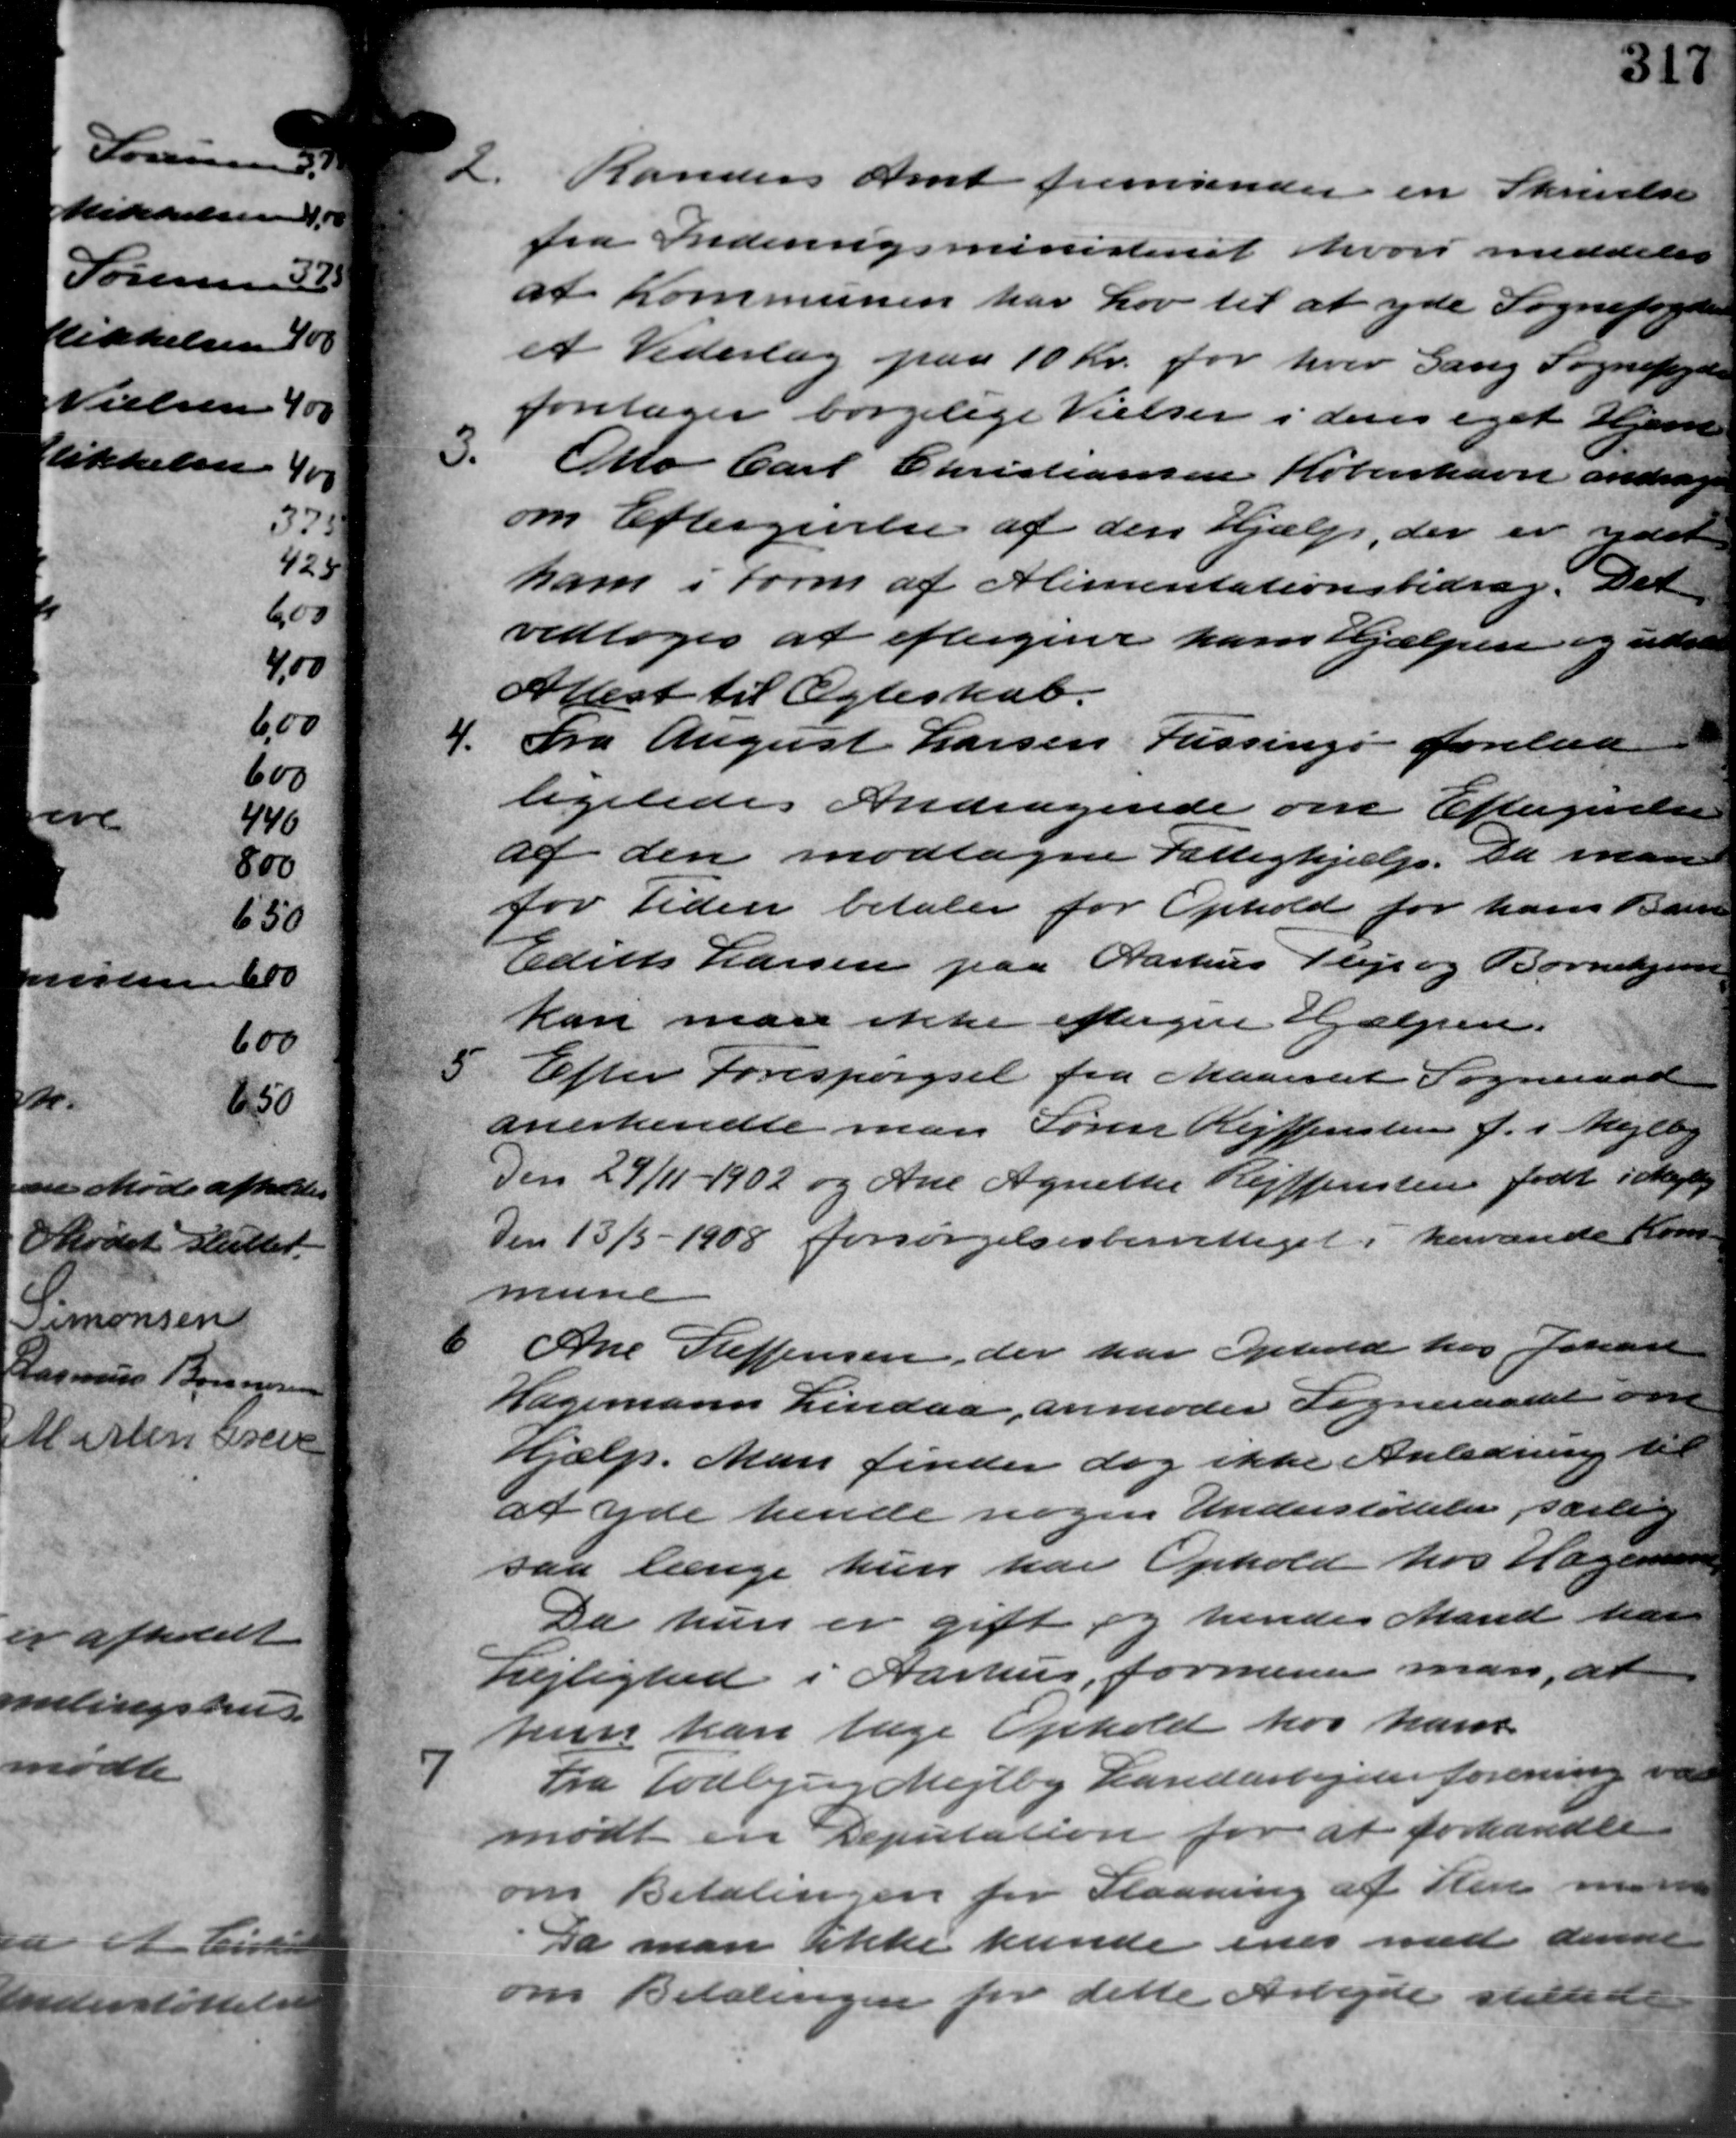
Transskription:
2. Randers Amt fremsender en Skrivelse
2. Randers Amt fremsender en Skrivelse
fra Indenrigsministeriet hvori meddeles
at Kommunen har Lov til at yde Sognefogeden
et Vederlag paa 10 kr. for hver Gang Sognefogede
foretager borgelige Vielser i deres eget Hjær
3.
Otto Carl Christiansen København andrager
om Eftergivelse af den hjælp, der er ydet
ham i Form af Alimentationsbidrag. Dett
vedtoges at eftergiver ham Hjælpen og udsatt
Attest til Ægteskab.
4.
Fra August Larsen Fussing i forelaa
ligeledes Andragende om Eftergivelse
af den modtagne Fattighjælp. Da man
for Tiden betaler for Ophold for hans Barne
Ediet Larsen paa Aarhus Pleje og Børnehjem
kan man ikke eftergive Hjælpen.
5 Efter Forespørgsel fra Maarslet Sogneraad
5 Efter Forespørgsel fra Maarslet Sogneraad
anerkendte man Søren Rejsensten f. i Mejlby
Den 29/11 - 1902 og Ane Agnethe Reiffensten født i Mejlby
Den 13/5 - 1908 forsørgelsesbererettiget i hervande Kom-
mune
6
Ane Steffensen, der har Ophold hos Johane
Hagemann Lindaa, anmoder Sogneraadet om
Hjælp. Man finder dog ikke Anledning til
at yde hende nogen Understøttelse, særling
saa længe hun har Ophold hos Hagende
Da hun er gift og hendes Mand han
Lejlighed i Aarhus, formener man, at
hun kan tage Ophold hos ham

Fra Todbjerg Mejlby Landarbejder forening var
mødt en Deputation for at forhandle
om Betalingen for Slaaning af Her man
Da man ikke kunde enes med denne
om Betalingen for dette Arbejde stillede